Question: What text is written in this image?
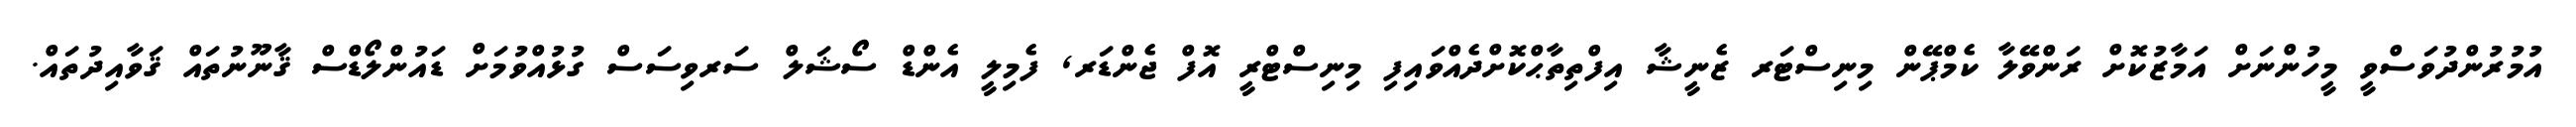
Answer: އުމުރުންދުވަސްވީ މީހުންނަށް އަމާޒުކޮށް ރަންވޭލާ ކެމްޕޭން މިނިސްޓަރ ޒެނީޝާ އިފްތިތާޙްކޮށްދެއްވައިފި މިނިސްޓްރީ އޮފް ޖެންޑަރ, ފެމިލީ އެންޑް ސޯޝަލް ސަރވިސަސް ގުޅުއްވުމަށް ޑައުންލޯޑްސް ޤާނޫނުތައް ޤަވާއިދުތައް.